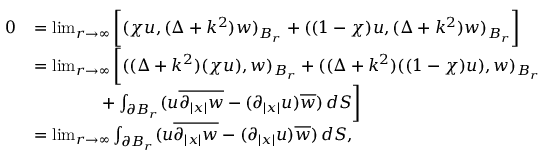
\begin{array} { r l } { 0 } & { = \operatorname* { l i m } _ { r \rightarrow \infty } \bigg [ ( \chi u , ( \Delta + k ^ { 2 } ) w ) _ { B _ { r } } + ( ( 1 - \chi ) u , ( \Delta + k ^ { 2 } ) w ) _ { B _ { r } } \bigg ] } \\ & { = \operatorname* { l i m } _ { r \rightarrow \infty } \bigg [ ( ( \Delta + k ^ { 2 } ) ( \chi u ) , w ) _ { B _ { r } } + ( ( \Delta + k ^ { 2 } ) ( ( 1 - \chi ) u ) , w ) _ { B _ { r } } } \\ & { \qquad \qquad + \int _ { \partial B _ { r } } ( u \overline { { \partial _ { | x | } w } } - ( \partial _ { | x | } u ) \overline { { w } } ) \, d S \bigg ] } \\ & { = \operatorname* { l i m } _ { r \rightarrow \infty } \int _ { \partial B _ { r } } ( u \overline { { \partial _ { | x | } w } } - ( \partial _ { | x | } u ) \overline { { w } } ) \, d S , } \end{array}